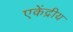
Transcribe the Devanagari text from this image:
एकेंद्रीय